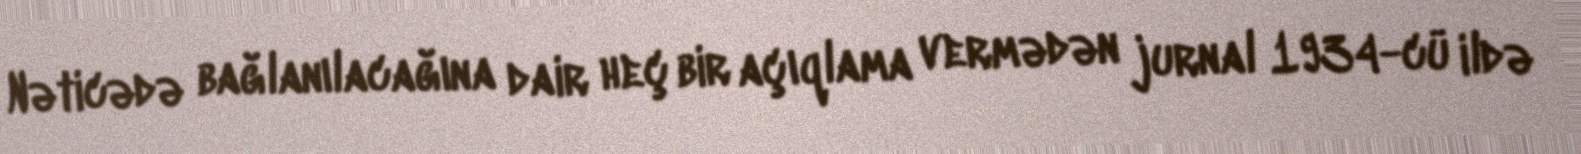
Nəticədə bağlanılacağına dair heç bir açıqlama vermədən jurnal 1934-cü ildə